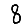
Digit: 8